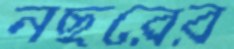
নছরের